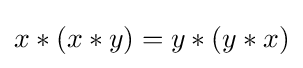
x\ast (x\ast y)=y\ast (y\ast x)